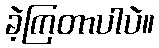
ခဲ့ကြတာပါပဲ။